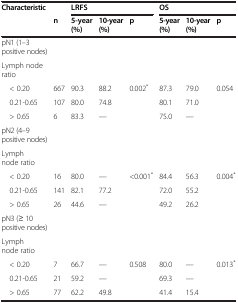
<table><thead><tr><td><b>Characteristic</b></td><td><b> </b></td><td colspan="3"><b>LRFS</b></td><td colspan="3"><b>OS</b></td></tr><tr><td><b> </b></td><td><b>n</b></td><td><b>5-year (%)</b></td><td><b>10-year (%)</b></td><td><b>p</b></td><td><b>5-year (%)</b></td><td><b>10-year (%)</b></td><td><b>p</b></td></tr></thead><tbody><tr><td>pN1 (1–3 positive nodes)</td><td> </td><td> </td><td> </td><td> </td><td> </td><td> </td><td> </td></tr><tr><td>Lymph node ratio</td><td> </td><td> </td><td> </td><td> </td><td> </td><td> </td><td> </td></tr><tr><td> &lt; 0.20</td><td>667</td><td>90.3</td><td>88.2</td><td>0.002<sup>*</sup></td><td>87.3</td><td>79.0</td><td>0.054</td></tr><tr><td> 0.21-0.65</td><td>107</td><td>80.0</td><td>74.8</td><td> </td><td>80.1</td><td>71.0</td><td> </td></tr><tr><td> &gt; 0.65</td><td>6</td><td>83.3</td><td>—</td><td> </td><td>75.0</td><td>—</td><td> </td></tr><tr><td>pN2 (4–9 positive nodes)</td><td> </td><td> </td><td> </td><td> </td><td> </td><td> </td><td> </td></tr><tr><td>Lymph node ratio</td><td> </td><td> </td><td> </td><td> </td><td> </td><td> </td><td> </td></tr><tr><td> &lt; 0.20</td><td>16</td><td>80.0</td><td>—</td><td>&lt;0.001<sup>*</sup></td><td>84.4</td><td>56.3</td><td>0.004<sup>*</sup></td></tr><tr><td> 0.21-0.65</td><td>141</td><td>82.1</td><td>77.2</td><td> </td><td>72.0</td><td>55.2</td><td> </td></tr><tr><td> &gt; 0.65</td><td>26</td><td>44.6</td><td>—</td><td> </td><td>49.2</td><td>26.2</td><td> </td></tr><tr><td>pN3 (≥ 10 positive nodes)</td><td> </td><td> </td><td> </td><td> </td><td> </td><td> </td><td> </td></tr><tr><td>Lymph node ratio</td><td> </td><td> </td><td> </td><td> </td><td> </td><td> </td><td> </td></tr><tr><td> &lt; 0.20</td><td>7</td><td>66.7</td><td>—</td><td>0.508</td><td>80.0</td><td>—</td><td>0.013<sup>*</sup></td></tr><tr><td> 0.21-0.65</td><td>21</td><td>59.2</td><td>—</td><td> </td><td>69.3</td><td>—</td><td> </td></tr><tr><td> &gt; 0.65</td><td>77</td><td>62.2</td><td>49.8</td><td> </td><td>41.4</td><td>15.4</td><td> </td></tr></tbody></table>